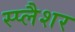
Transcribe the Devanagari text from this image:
स्प्लैशर